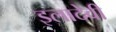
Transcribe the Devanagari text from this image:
इलादेवी